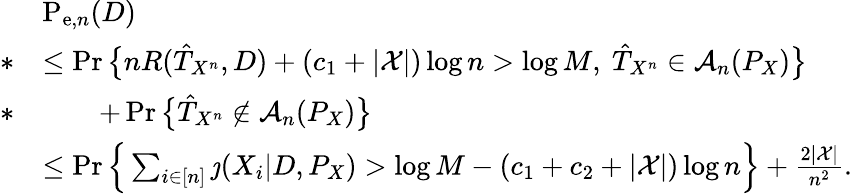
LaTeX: \begin{array}{rl}&{\mathrm{P}_{\mathrm{e},n}(D)}\\ {*}&{\leq\operatorname*{Pr}\big\{ nR(\hat{T}_{X^{n}},D)+(c_{1}+|\mathcal{X}|)\log n>\log M,~\hat{T}_{X^{n}}\in\mathcal{A}_{n}(P_{X})\big\} }\\ {*}&{\qquad+\operatorname*{Pr}\big\{ \hat{T}_{X^{n}}\notin\mathcal{A}_{n}(P_{X})\big\} }\\ &{\leq\operatorname*{Pr}\Big\{ \sum_{i\in[n]}\jmath(X_{i}|D,P_{X})>\log M-(c_{1}+c_{2}+|\mathcal{X}|)\log n\Big\} +\frac{2|\mathcal{X}|}{n^{2}}.}\end{array}